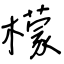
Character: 檬